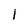
Character: I